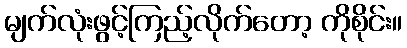
မျက်လုံးဖွင့်ကြည့်လိုက်တော့ ကိုစိုင်း။